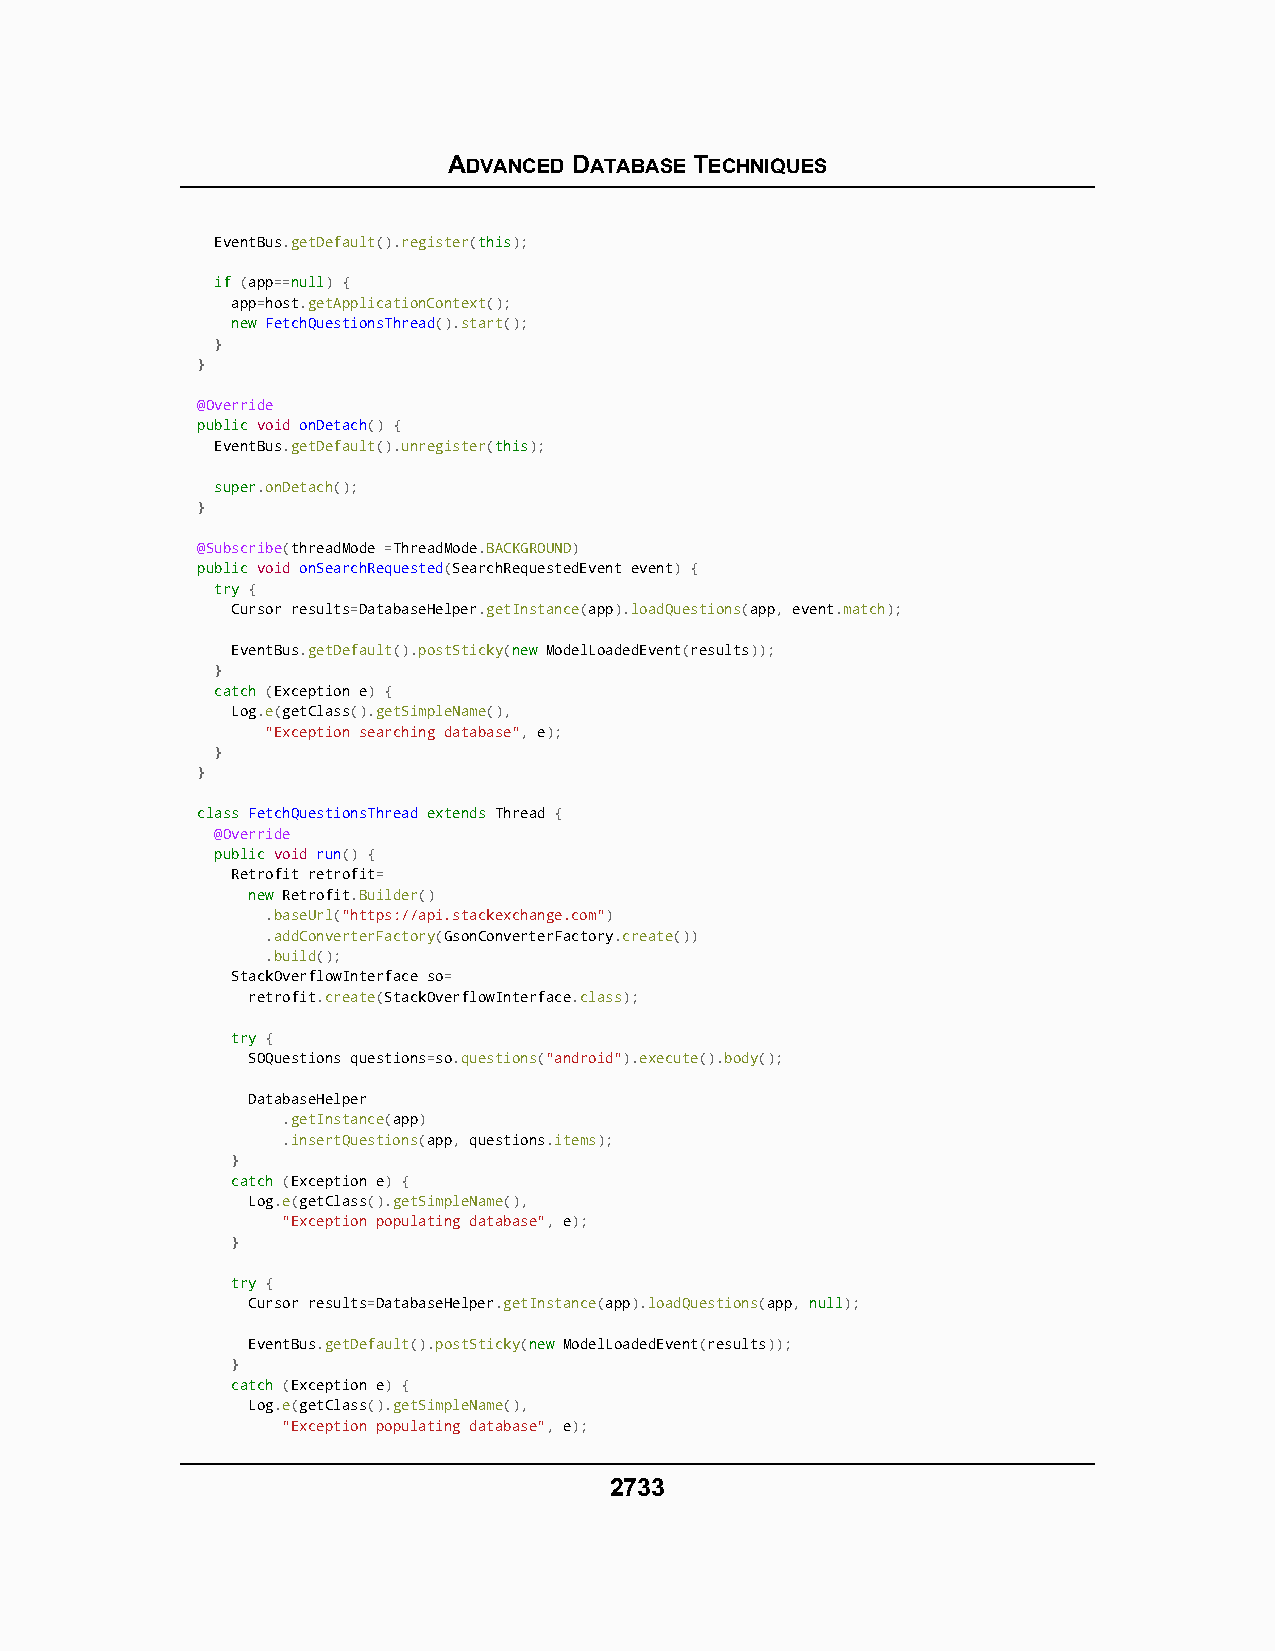
ADVANCED DATABASE TECHNIQUES
 EventBus.getDefault().register(tthhiiss);
 iiff (app==nnuullll) {
 app=host.getApplicationContext();
 nneeww FetchQuestionsThread().start();
 }
 }
 @Override
 ppuubblliicc void onDetach() {
 EventBus.getDefault().unregister(tthhiiss);
 ssuuppeerr.onDetach();
 }
 @Subscribe(threadMode =ThreadMode.BACKGROUND)
 ppuubblliicc void onSearchRequested(SearchRequestedEvent event) {
 ttrryy {
 Cursor results=DatabaseHelper.getInstance(app).loadQuestions(app, event.match);
 EventBus.getDefault().postSticky(nneeww ModelLoadedEvent(results));
 }
 ccaattcchh (Exception e) {
 Log.e(getClass().getSimpleName(),
 "Exception searching database", e);
 }
 }
 ccllaassss FFeettcchhQQuueessttiioonnssTThhrreeaadd eexxtteennddss Thread {
 @Override
 ppuubblliicc void run() {
 Retrofit retrofit=
 nneeww Retrofit.Builder()
 .baseUrl("https://api.stackexchange.com")
 .addConverterFactory(GsonConverterFactory.create())
 .build();
 StackOverflowInterface so=
 retrofit.create(StackOverflowInterface.class);
 ttrryy {
 SOQuestions questions=so.questions("android").execute().body();
 DatabaseHelper
 .getInstance(app)
 .insertQuestions(app, questions.items);
 }
 ccaattcchh (Exception e) {
 Log.e(getClass().getSimpleName(),
 "Exception populating database", e);
 }
 ttrryy {
 Cursor results=DatabaseHelper.getInstance(app).loadQuestions(app, nnuullll);
 EventBus.getDefault().postSticky(nneeww ModelLoadedEvent(results));
 }
 ccaattcchh (Exception e) {
 Log.e(getClass().getSimpleName(),
 "Exception populating database", e);
 2733